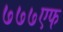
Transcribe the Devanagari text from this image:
७७७एफ